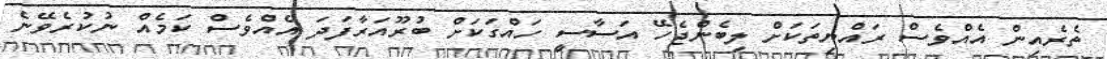
ތެރެއިން އެއްވެސް ރައްޔިތަކަށް ލިބެންޖެހޭ އަސާސީ ހައްގަކަށް ބުރޫއަރާފަދަ އެއްވެސް ކަމެއް ނުކުރެވޭނެ